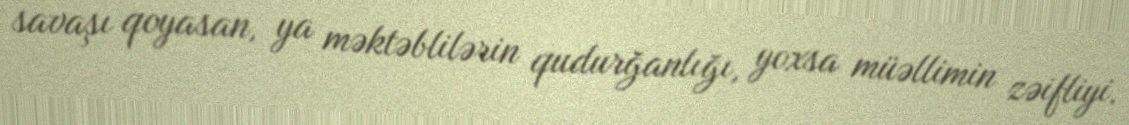
savaşı qoyasan, ya məktəblilərin qudurğanlığı, yoxsa müəllimin zəifliyi.